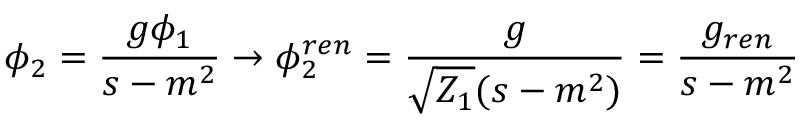
\phi _ { 2 } = \frac { g \phi _ { 1 } } { s - m ^ { 2 } } \to \phi _ { 2 } ^ { r e n } = \frac { g } { \sqrt { Z _ { 1 } } ( s - m ^ { 2 } ) } = \frac { g _ { r e n } } { s - m ^ { 2 } }